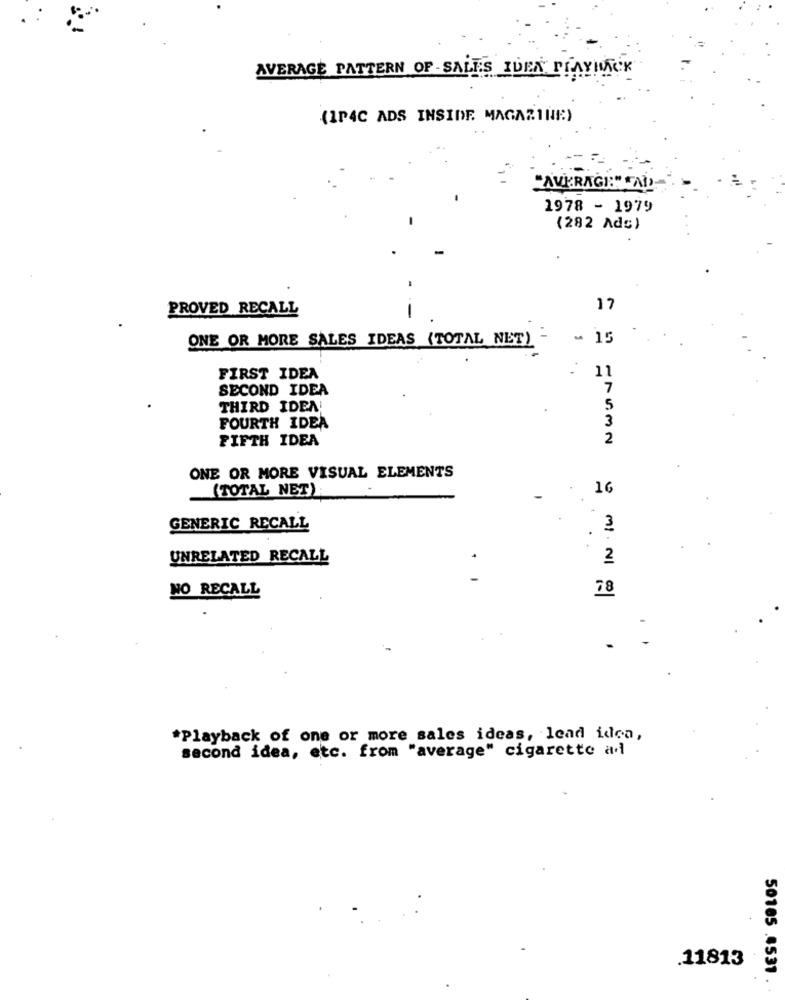
AVERAGE PATTERN OF - SALES IDEN PLAYIMACK
(IP4C ADS INSIDE MAGAZINE)
"AVKRAGH:" "AD
1978 - 1979
(282 Adc)
PROVED RECALL
-
17
~ 15
ONE OR MORE SALES IDEAS (TOTAL NET) -
FIRST IDEA
. 11
SECOND IDEA
7
THIRD IDEA!
5
3
FOURTH IDEA
FIFTH IDEA
2
ONE OR MORE VISUAL ELEMENTS
(TOTAL NET)
16
GENERIC RECALL
UNRELATED RECALL
MI. NI
NO RECALL
78
*Playback of one or more sales ideas, lead idea,
second idea, etc. from "average" cigarette a.
.11813
50185 .4531 .